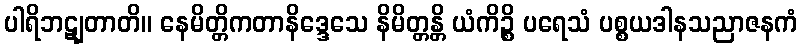
ပါရိဘဋျတာတိ။ နေမိတ္တိကတာနိဒ္ဒေသေ နိမိတ္တန္တိ ယံကိဉ္စိ ပရေသံ ပစ္စယဒါနသညာဇနကံ